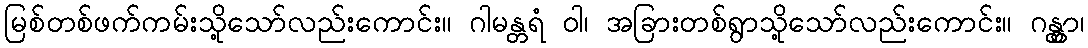
မြစ်တစ်ဖက်ကမ်းသို့သော်လည်းကောင်း။ ဂါမန္တရံ ဝါ၊ အခြားတစ်ရွာသို့သော်လည်းကောင်း။ ဂန္တွာ၊